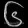
Digit: ၆